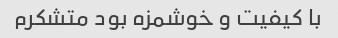
با کیفیت و خوشمزه بود متشکرم